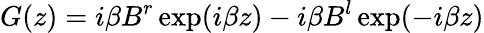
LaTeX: G(z)=i\beta B^{r}\exp(i\beta z)-i\beta B^{l}\exp(-i\beta z)